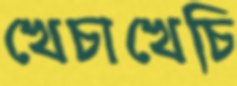
খেচাখেচি